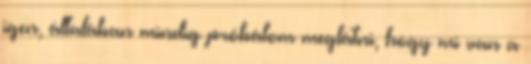
igen, általában mindig próbálom meglátni, hogy mi van a